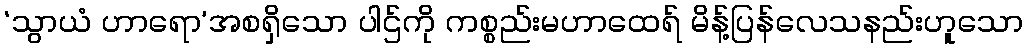
‘သွာယံ ဟာရော’အစရှိသော ပါဌ်ကို ကစ္စည်းမဟာထေရ် မိန့်ပြန်လေသနည်းဟူသော